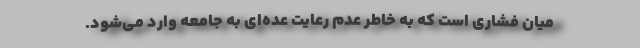
میان فشاری است که به خاطر عدم رعایت عده‌ای به جامعه وارد می‌شود.